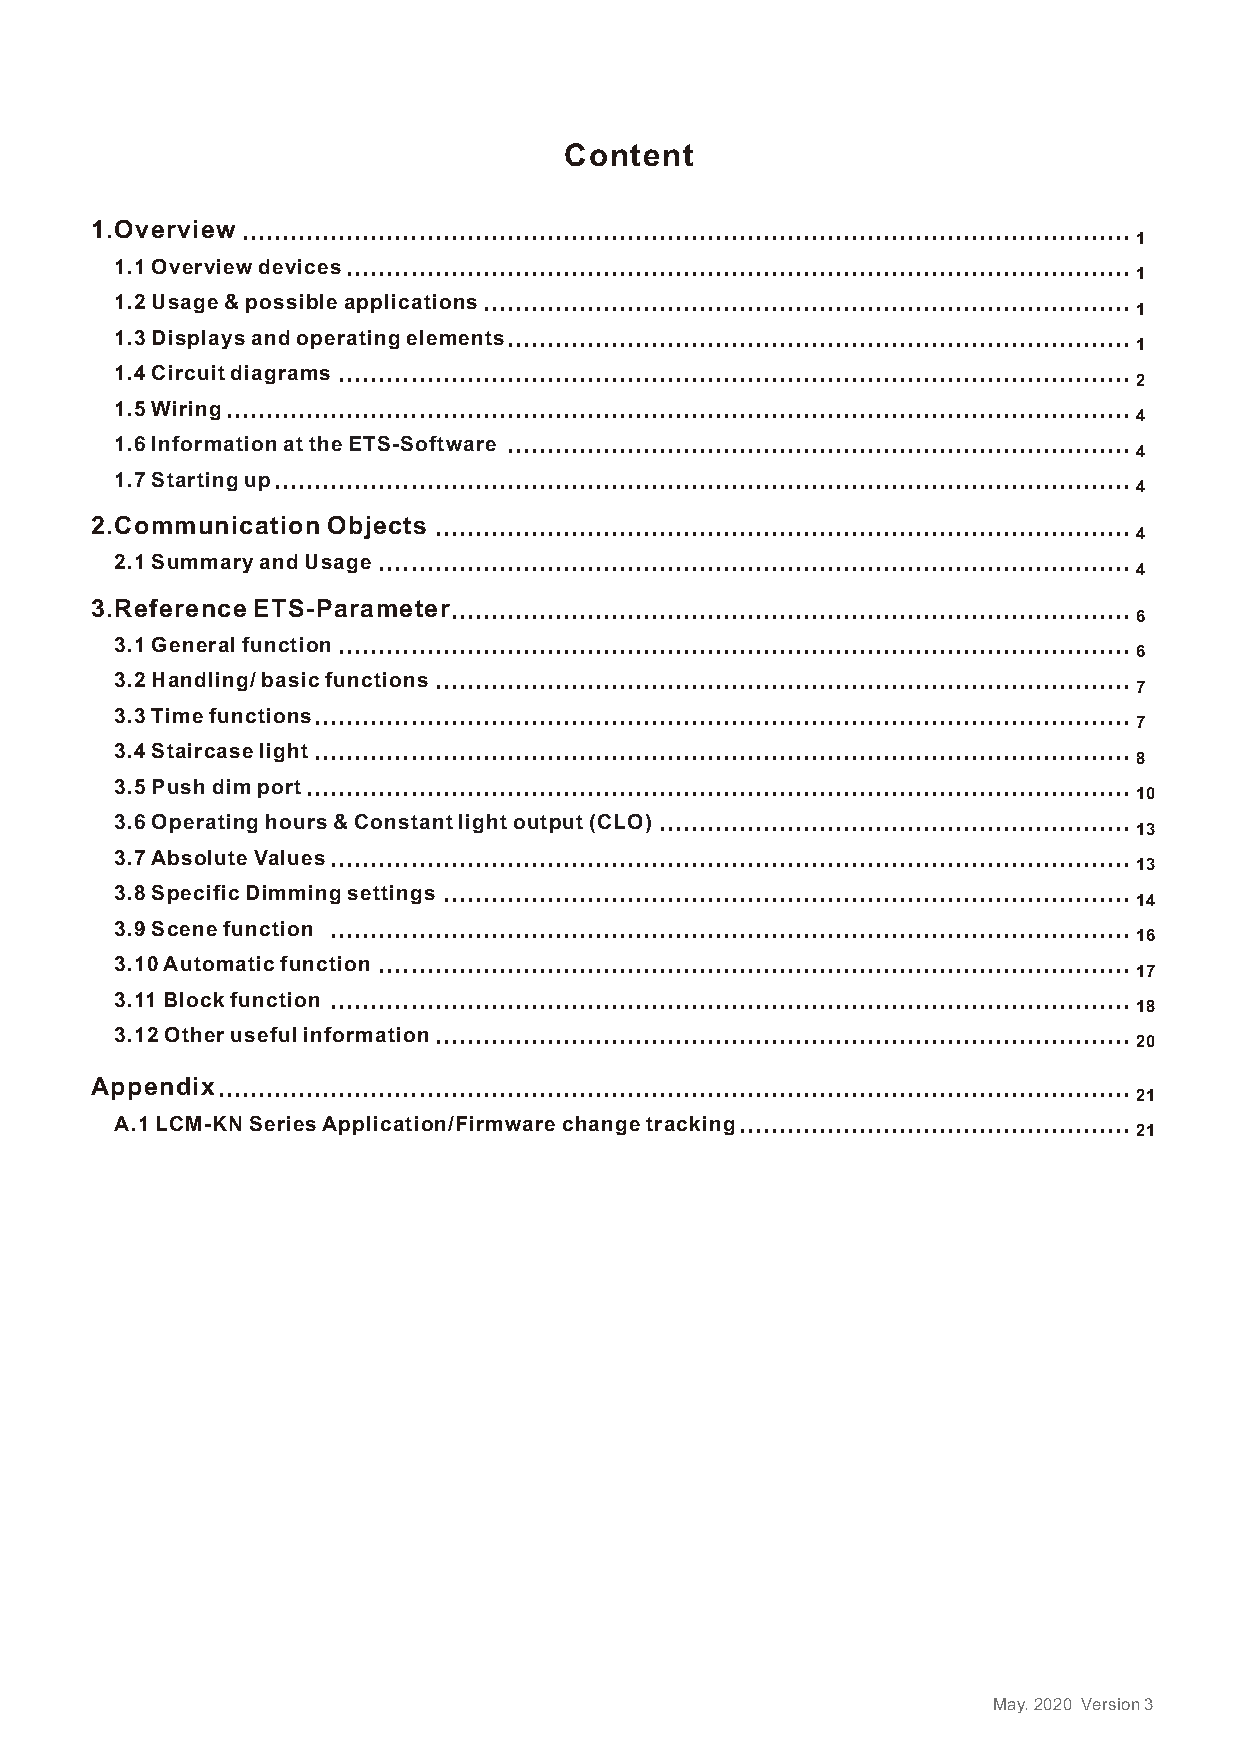
Content
 1.Overview ...............................................................................................................
 1
 1.1 Overview devices..................................................................................................
 1
 1.2 Usage & possible applications.................................................................................
 1
 1.3 Displays and operating elements..............................................................................
 1
 1.4 Circuit diagrams ...................................................................................................
 2
 1.5 Wiring.................................................................................................................
 4
 1.6 I nformation at the ETS-Software ..............................................................................
 4
 1.7 S tarting up ...........................................................................................................
 4
 2.Communication Objects .......................................................................................
 4
 2.1 Summary and Usage ..............................................................................................
 4
 3.Reference ETS-Parameter.....................................................................................
 6
 3.1 General function ...................................................................................................
 6
 3.2 Handling/ basic functions .......................................................................................
 7
 3.3 Time functions......................................................................................................
 7
 3.4 Staircase light ......................................................................................................
 8
 3.5 Push dim port.......................................................................................................
 10
 3.6 Operating hours & Constant light output (CLO) ...........................................................
 13
 3.7 Absolute Values....................................................................................................
 13
 3.8 Specific Dimming settings ......................................................................................
 14
 3.9 Scene function ....................................................................................................
 16
 3.10 Automatic function ..............................................................................................
 17
 3.11 Block function ....................................................................................................
 18
 3.12 Other useful information.......................................................................................
 20
 Appendix ..................................................................................................................
 21
 A.1 LCM-KN Series Application/Firmware change tracking .................................................
 21
 May. 2020 Version 3